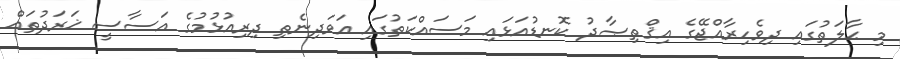
މި ޙާލަތުގައި ދިވެހިރާއްޖޭގެ އިޤްތިޞާދު ކޮނޑުއަޅައި މަސައްކަތުގައި އަވަދިނެތި ދިރިއުޅުމުގެ އަސާސީ ޚަރަދުތައް